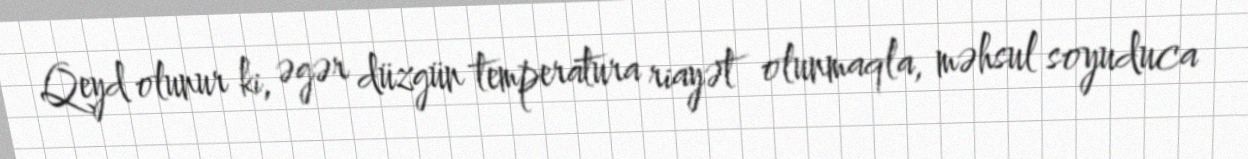
Qeyd olunur ki, əgər düzgün temperatura riayət olunmaqla, məhsul soyuduca